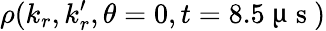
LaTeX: \rho(k_{r},k_{r}^{\prime},\theta=0,t=8.5\ \upmu\mathrm{~s~})